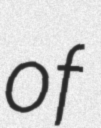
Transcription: of